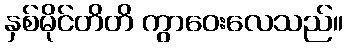
နှစ်မိုင်တိတိ ကွာဝေးလေသည်။